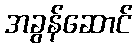
အခွန်ဆောင်